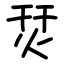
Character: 烎